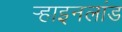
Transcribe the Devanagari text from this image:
र्‍हाइनलांड